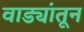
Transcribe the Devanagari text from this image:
वाड्यांतून